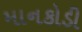
માનકોડી